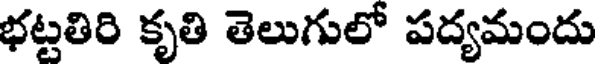
భట్టతిరి కృతి తెలుగులో పద్యమందు